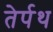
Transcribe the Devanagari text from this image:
तेर्पथ